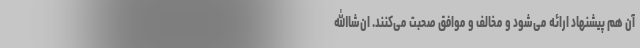
آن هم پیشنهاد ارائه می‌شود و مخالف و موافق صحبت می‌کنند. ان‌شاالله